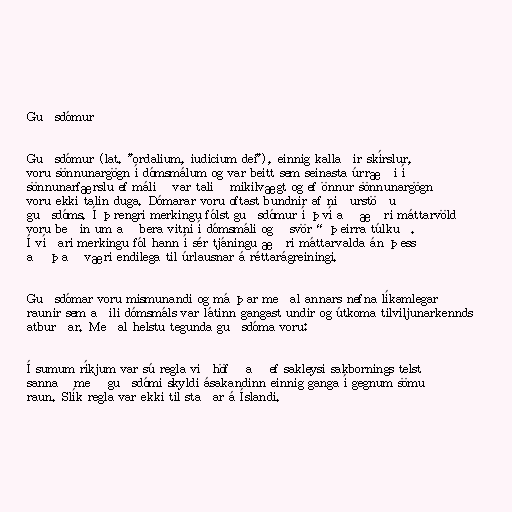
Guðsdómur

Guðsdómur (lat. "ordalium, iudicium dei"), einnig kallaðir skírslur,
voru sönnunargögn í dómsmálum og var beitt sem seinasta úrræði í
sönnunarfærslu ef málið var talið mikilvægt og ef önnur sönnunargögn
voru ekki talin duga. Dómarar voru oftast bundnir af niðurstöðu
guðsdóms. Í þrengri merkingu fólst guðsdómur í því að æðri máttarvöld
voru beðin um að bera vitni í dómsmáli og „svör“ þeirra túlkuð.
Í víðari merkingu fól hann í sér tjáningu æðri máttarvalda án þess
að það væri endilega til úrlausnar á réttarágreiningi.

Guðsdómar voru mismunandi og má þar meðal annars nefna líkamlegar
raunir sem aðili dómsmáls var látinn gangast undir og útkoma tilviljunarkennds
atburðar. Meðal helstu tegunda guðsdóma voru:

Í sumum ríkjum var sú regla viðhöfð að ef sakleysi sakbornings telst
sannað með guðsdómi skyldi ásakandinn einnig ganga í gegnum sömu
raun. Slík regla var ekki til staðar á Íslandi.